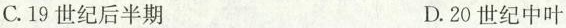
C.19世纪后半期 D.20世纪中叶